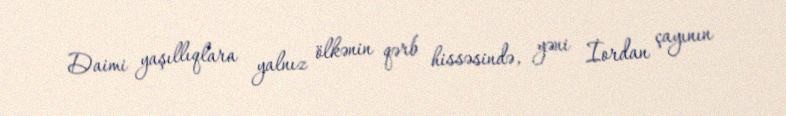
Daimi yaşıllıqlara yalnız ölkənin qərb hissəsində, yəni İordan çayının